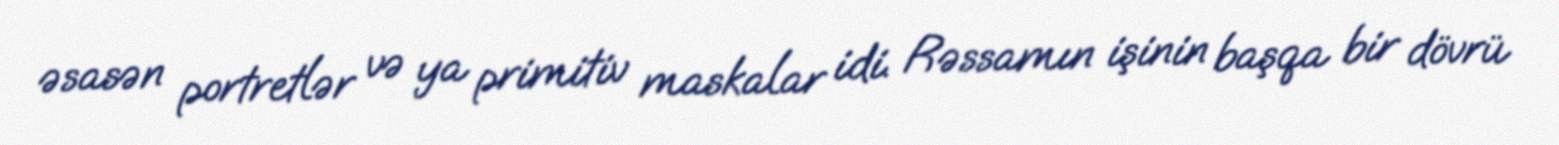
əsasən portretlər və ya primitiv maskalar idi. Rəssamın işinin başqa bir dövrü